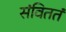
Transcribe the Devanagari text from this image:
संविततं